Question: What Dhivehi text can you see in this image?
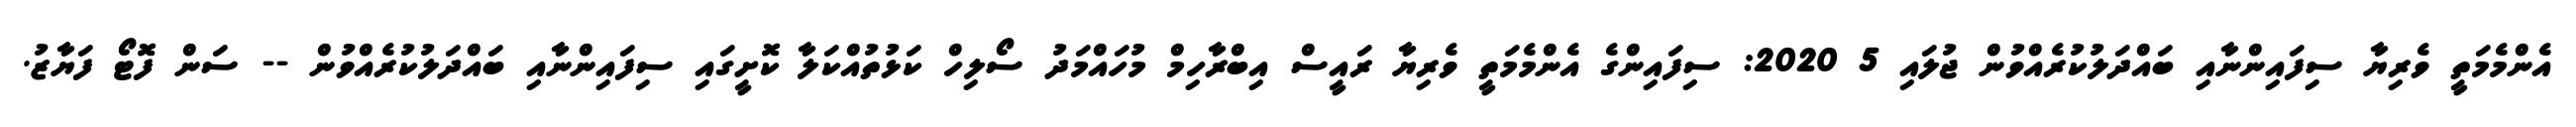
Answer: އެންމެމަތީ ވެރިޔާ ސިފައިންނާއި ބައްދަލުކުރެއްވުން ޖުލައި 5 2020: ސިފައިންގެ އެންމެމަތީ ވެރިޔާ ރައީސް އިބްރާހިމް މުހައްމަދު ސޯލިހް ކަޅުތުއްކަލާ ކޮށީގައި ސިފައިންނާއި ބައްދަލުކުރެއްވުން -- ސަން ފޮޓޯ ފަޔާޒު.